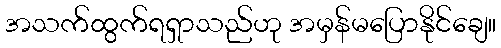
အသက်ထွက်ရရှာသည်ဟု အမှန်မပြောနိုင်ချေ။